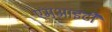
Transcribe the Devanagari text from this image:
एमआइटी